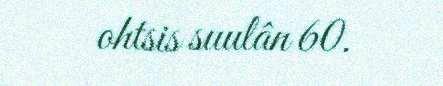
ohtsis suulân 60.